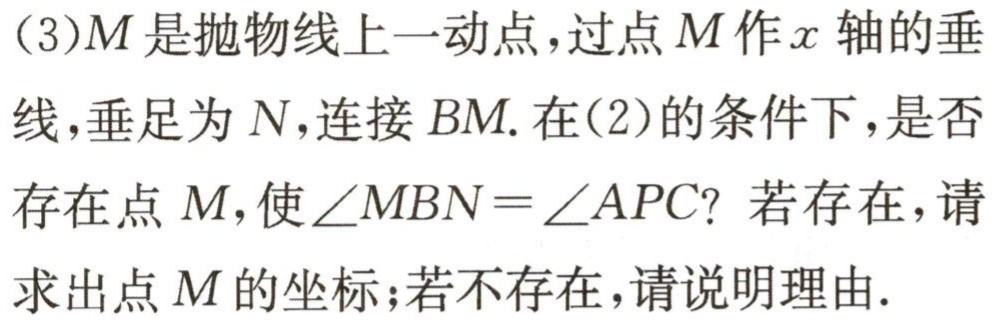
(3)$M$是抛物线上一动点，过点$M$作$x$轴的垂线，垂足为$N$，连接$BM$.在(2)的条件下，是否存在点$M$，使$\angle MBN = \angle APC$？若存在，请求出点$M$的坐标；若不存在，请说明理由.